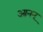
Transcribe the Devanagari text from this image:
आनन्